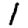
Digit: 1